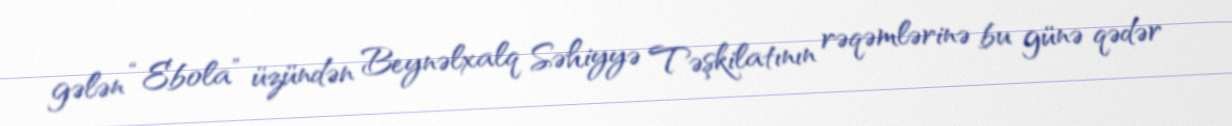
gələn “Ebola” üzündən Beynəlxalq Səhiyyə Təşkilatının rəqəmlərinə bu günə qədər